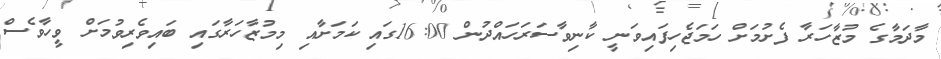
މާދަމާގެ މުޒާހަރާ ފެށުމަށް ހަމަޖެހިފައިވަނީ ކާނިވާސަރަހައްދުން 16:00ގައި ކަމަށާއި މިމުޒާހަރާގައި ބައިވެރިވުމަށް ވީހާވެސް